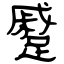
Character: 蹙